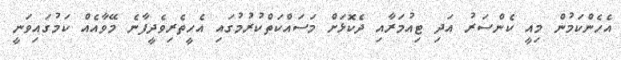
އެހެންކަމުން މިއީ ކެންސަރު އަދި ޓިއުމަރާއި ދެކޮޅަށް މަސައްކަތްކުރުމުގައި އެހީތެރިވެދީފާނެ މޭވާއެއް ކަމުގައިވަނީ